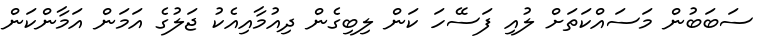
ސަބަބުން މަސައްކަތަށް ލުއި ފަސޭހަ ކަން ލިބިގެން ދިއުމާއިއެކު ޖަލުގެ އަމަން އަމާންކަން